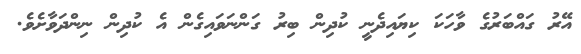
އޭރު ގައްބަރުގެ ވާހަކަ ކިޔައިދެނީ ކުދިން ބިރު ގަންނަވައިގެން އެ ކުދިން ނިންދަވާށެެވެ.